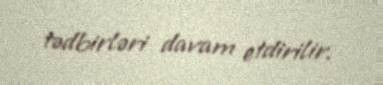
tədbirləri davam etdirilir.